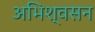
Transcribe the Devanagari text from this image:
अभिश्वसन